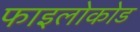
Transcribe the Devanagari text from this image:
फाइलोकोड